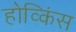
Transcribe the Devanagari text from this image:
होव्किंस